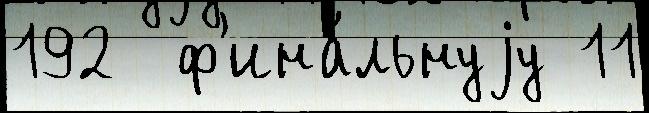
192  ф'ина́льнуjу 11